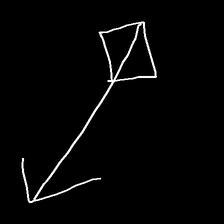
Glyph: focus